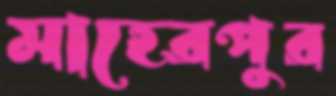
মাহেরপুর